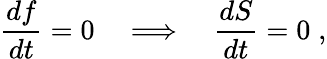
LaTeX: \frac{df}{dt}=0\quad\Longrightarrow\quad\frac{dS}{dt}=0\; ,